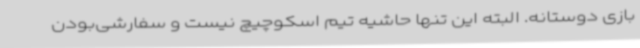
بازی دوستانه. البته این تنها حاشیه تیم اسکوچیچ نیست و سفارشی‌بودن